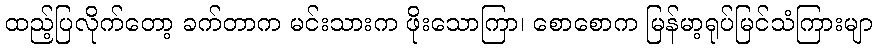
ထည့်ပြလိုက်တော့ ခက်တာက မင်းသားက ဖိုးသောကြာ၊ စောစောက မြန်မာ့ရုပ်မြင်သံကြားမျာ